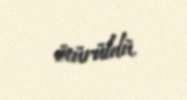
ötürüldü.